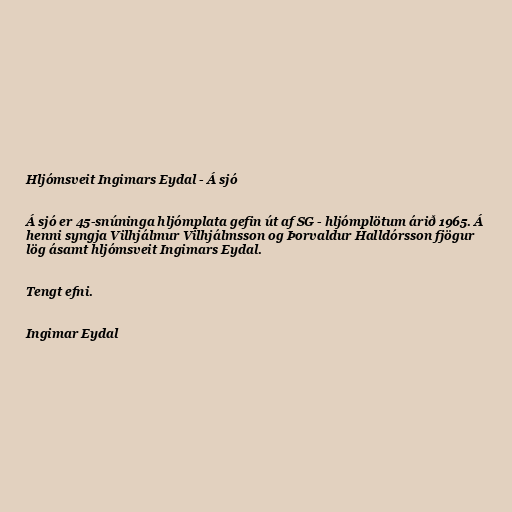
Hljómsveit Ingimars Eydal - Á sjó

Á sjó er 45-snúninga hljómplata gefin út af SG - hljómplötum árið 1965. Á
henni syngja Vilhjálmur Vilhjálmsson og Þorvaldur Halldórsson fjögur
lög ásamt hljómsveit Ingimars Eydal.

Tengt efni.

Ingimar Eydal